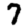
Digit: 7